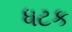
ધટક